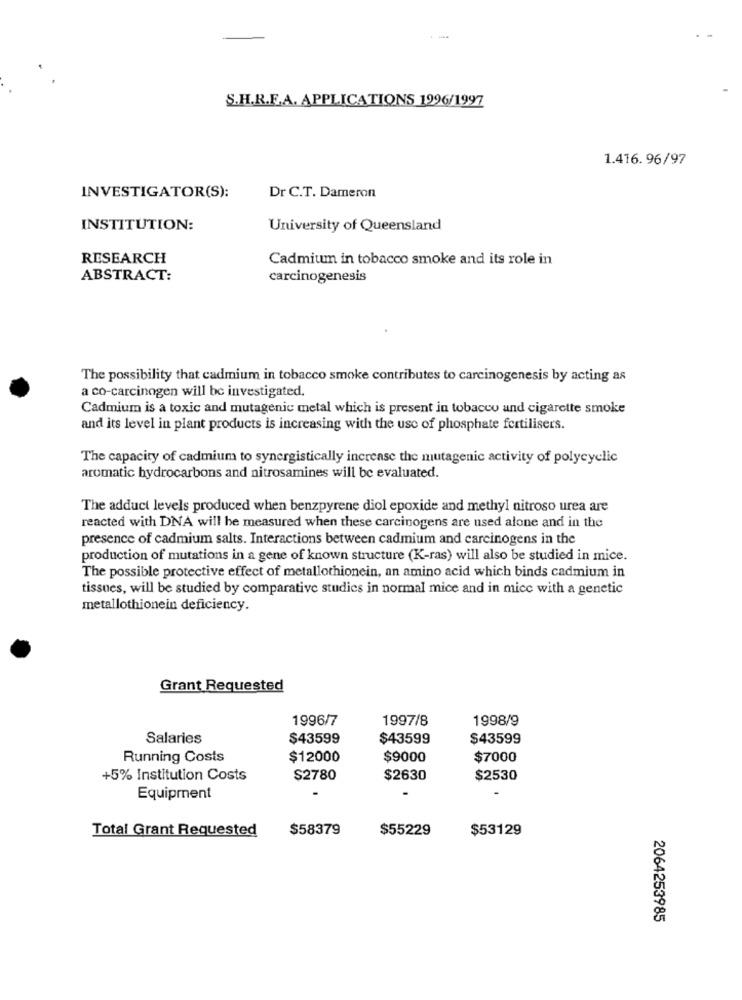
S.H.R.E.A. APPLICATIONS 1996/1997
1.416. 96/97
INVESTIGATOR(S):
Dr C.T. Dameron
INSTITUTION:
University of Queensland
RESEARCH
Cadmium in tobacco smoke and its role in
ABSTRACT:
carcinogenesis
The possibility that cadmium in tobacco smoke contributes to carcinogenesis by acting as
a co-carcinogen will be investigated.
Cadmium is a toxic and mutagenic metal which is present in tobacco and cigarette smoke
and its level in plant products is increasing with the use of phosphate fertilisers.
The capacity of cadmium to synergistically increase the mutagenic activity of polycyclic
aromatic hydrocarbons and nitrosamines will be evaluated.
The adduct levels produced when benzpyrene diol epoxide and methyl nitroso urea are
reacted with DNA will be measured when these carcinogens are used alone and in the
presence of cadmium salts. Interactions between cadmium and carcinogens in the
production of mutations in a gene of known structure (K-ras) will also be studied in mice.
The possible protective effect of metallothionein, an amino acid which binds cadmium in
tissues, will be studied by comparative studies in normal mice and in mice with a genetic
metallothionein deficiency.
Grant Requested
1996/7
1997/8
1998/9
Salaries
$43599
$43599
$43599
Running Costs
$12000
$9000
$7000
+5% Institution Costs
$2780
$2630
$2530
Equipment
-
Total Grant Requested
$58379
$55229
$53129
2064253985